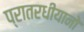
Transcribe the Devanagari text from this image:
प्रातरधीयानो